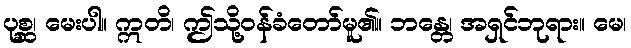
ပုစ္ဆ၊ မေးပါ။ ဣတိ၊ ဤသို့ဝန်ခံတော်မူ၏။ ဘန္တေ၊ အရှင်ဘုရား။ မေ၊